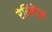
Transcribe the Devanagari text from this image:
रेसिडेंट्स